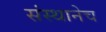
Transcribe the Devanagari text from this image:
संस्थानेच